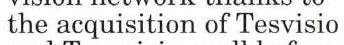
the acquisition of Tesvisio